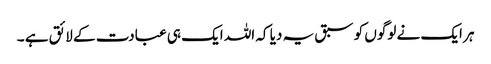
ہر ایک نے لوگوں کو سبق یہ دیا کہ اللہ ایک ہی عبادت کے لائق ہے ۔